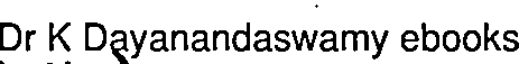
Dr K Dayanandaswamy ebooks